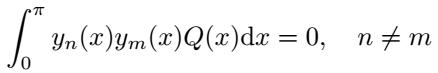
\[
\int_{0}^{\pi} y_{n}(x)y_{m}(x)Q(x)\mathrm{d}x = 0, \quad n \neq m
\]